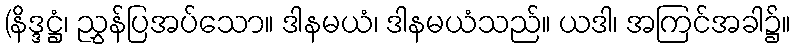
(နိဒ္ဒဋ္ဌံ၊ ညွှန်ပြအပ်သော။ ဒါနမယံ၊ ဒါနမယံသည်။ ယဒါ၊ အကြင်အခါ၌။